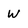
Character: W